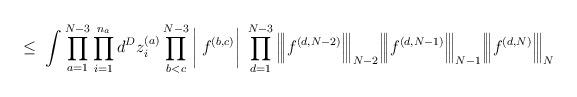
LaTeX: \begin{align*}\leq \;\int \prod_{a=1}^{N-3} \prod_{i=1}^{n_a} d^Dz_i^{(a)}\prod_{b<c}^{N-3} \bigg| \; f^{(b,c)} \bigg| \;\prod_{d=1}^{N-3}\Big|\!\Big|\!\Big| f^{(d,N-2)} \Big|\!\Big|\!\Big|_{N-2}\Big|\!\Big|\!\Big| f^{(d,N-1)} \Big|\!\Big|\!\Big|_{N-1}\Big|\!\Big|\!\Big| f^{(d,N)} \Big|\!\Big|\!\Big|_N\end{align*}